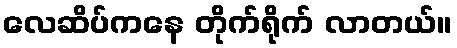
လေဆိပ်ကနေ တိုက်ရိုက် လာတယ်။